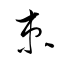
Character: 束